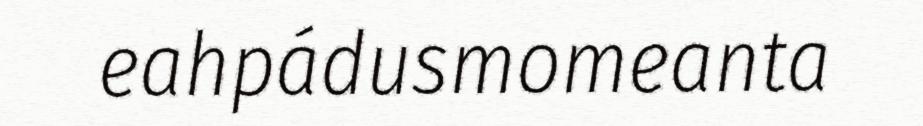
eahpádusmomeanta